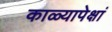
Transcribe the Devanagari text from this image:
काळ्यापेक्षां